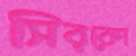
সিরকো